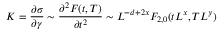
K = \frac { \partial \sigma } { \partial \gamma } \sim \frac { \partial ^ { 2 } F ( t , T ) } { \partial t ^ { 2 } } \sim L ^ { - d + 2 x } F _ { 2 , 0 } ( t L ^ { x } , T L ^ { y } )